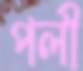
পলী